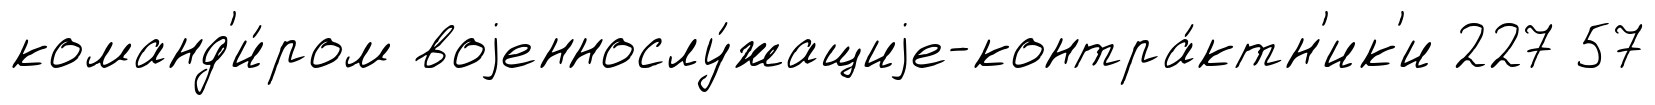
команд'и́ром воjеннослу́жащиjе-контра́ктн'ик'и 227 57